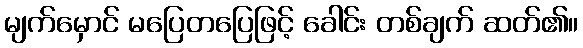
မျက်မှောင် မပြေတပြေဖြင့် ခေါင်း တစ်ချက် ဆတ်၏။